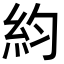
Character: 𥾡